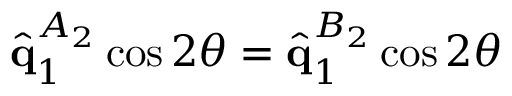
\hat { \mathbf { q } } _ { 1 } ^ { A _ { 2 } } \cos { 2 \theta } = \hat { \mathbf { q } } _ { 1 } ^ { B _ { 2 } } \cos { 2 \theta }